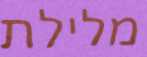
מלילת